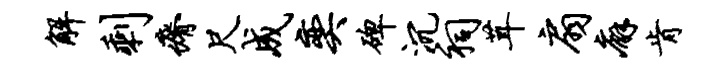
解剩瘠尺成奕碑沉祠茸扇廨肯